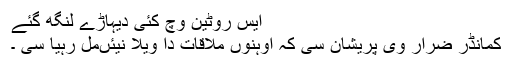
ایس روٹین وچ کئی دیہاڑے لنگھ گئے
کمانڈر ضرار وی پریشان سی کہ اوہنوں ملاقات دا ویلا نیئںمل رہیا سی ۔